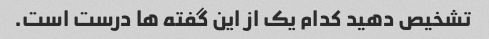
تشخیص دهید کدام یک از این گفته ها درست است.